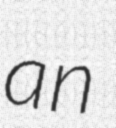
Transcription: an